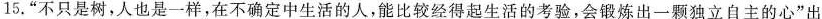
15.”不只是树，人也是一样，在不确定中生活的人，能比较经得起生活的考验，会锻炼出一颗独立自主的心”出